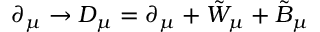
\partial _ { \mu } \rightarrow { \cal { D } } _ { \mu } = \partial _ { \mu } + { \tilde { W } } _ { \mu } + { \tilde { B } } _ { \mu }